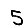
Digit: 5